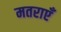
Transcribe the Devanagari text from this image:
मतराएँ